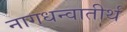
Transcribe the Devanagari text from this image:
नागधन्वातीर्थ